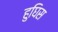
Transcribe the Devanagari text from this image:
हुघिस